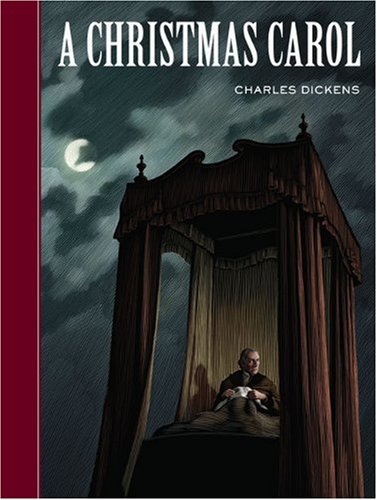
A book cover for A Christmas Carol (Sterling Unabridged Classics); Charles Dickens; Christian Books & Bibles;